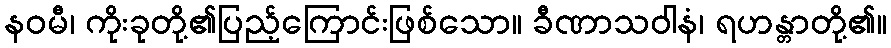
နဝမီ၊ ကိုးခုတို့၏ပြည့်ကြောင်းဖြစ်သော။ ခီဏာသဝါနံ၊ ရဟန္တာတို့၏။